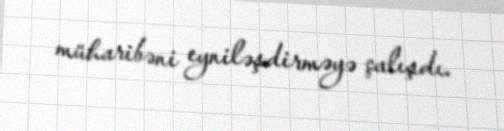
müharibəni eyniləşdirməyə çalışdı.